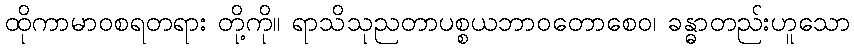
ထိုကာမာဝစရတရား တို့ကို။ ရာသိသုညတာပစ္စယဘာဝတောစေဝ၊ ခန္ဓာတည်းဟူသော